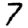
Digit: 7